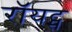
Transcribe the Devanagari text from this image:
रॉयट्स